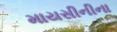
માયસીનીના